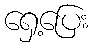
ရှေ့ပြေး